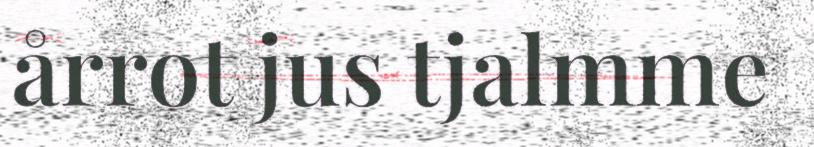
årrot jus tjalmme